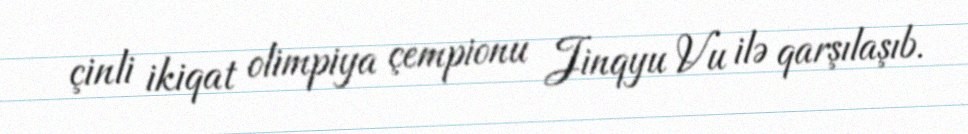
çinli ikiqat olimpiya çempionu Jinqyu Vu ilə qarşılaşıb.